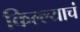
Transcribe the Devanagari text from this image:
किल्ल्याचं